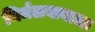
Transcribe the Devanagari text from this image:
निर्मलबाबाला